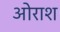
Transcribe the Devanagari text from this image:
ओराश